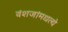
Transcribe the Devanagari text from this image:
वंशजांमधल्ये